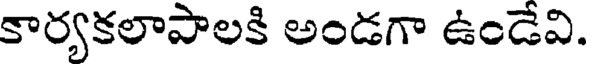
కార్యకలాపాలకి అండగా ఉండేవి.